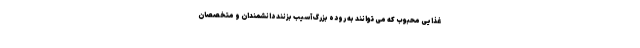
غذایی محبوب که می توانند به روده بزرگ آسیب بزنند دانشمندان و متخصصان